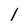
Character: 1